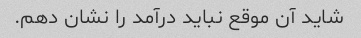
شاید آن موقع نباید درآمد را نشان دهم.